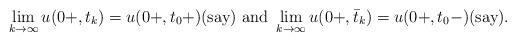
LaTeX: \begin{align*} \lim\limits_{k\rightarrow \infty} u(0+,t_k)=u(0+,t_0+)\mbox{(say)}\ \mbox{and}\ \lim\limits_{k\rightarrow \infty} u(0+,\bar{t}_k)=u(0+,t_0-)\mbox{(say)}. \end{align*}